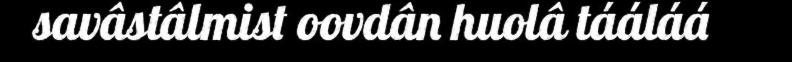
savâstâlmist oovdân huolâ tááláá